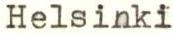
Helsinki